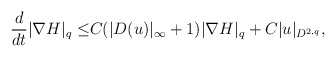
\begin{align*}\frac{d}{dt}|\nabla H|_q\leq& C(|D( u)|_\infty+1)|\nabla H|_q+C | u|_{D^{2,q}},\end{align*}